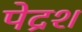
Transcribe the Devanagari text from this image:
पेद्रश